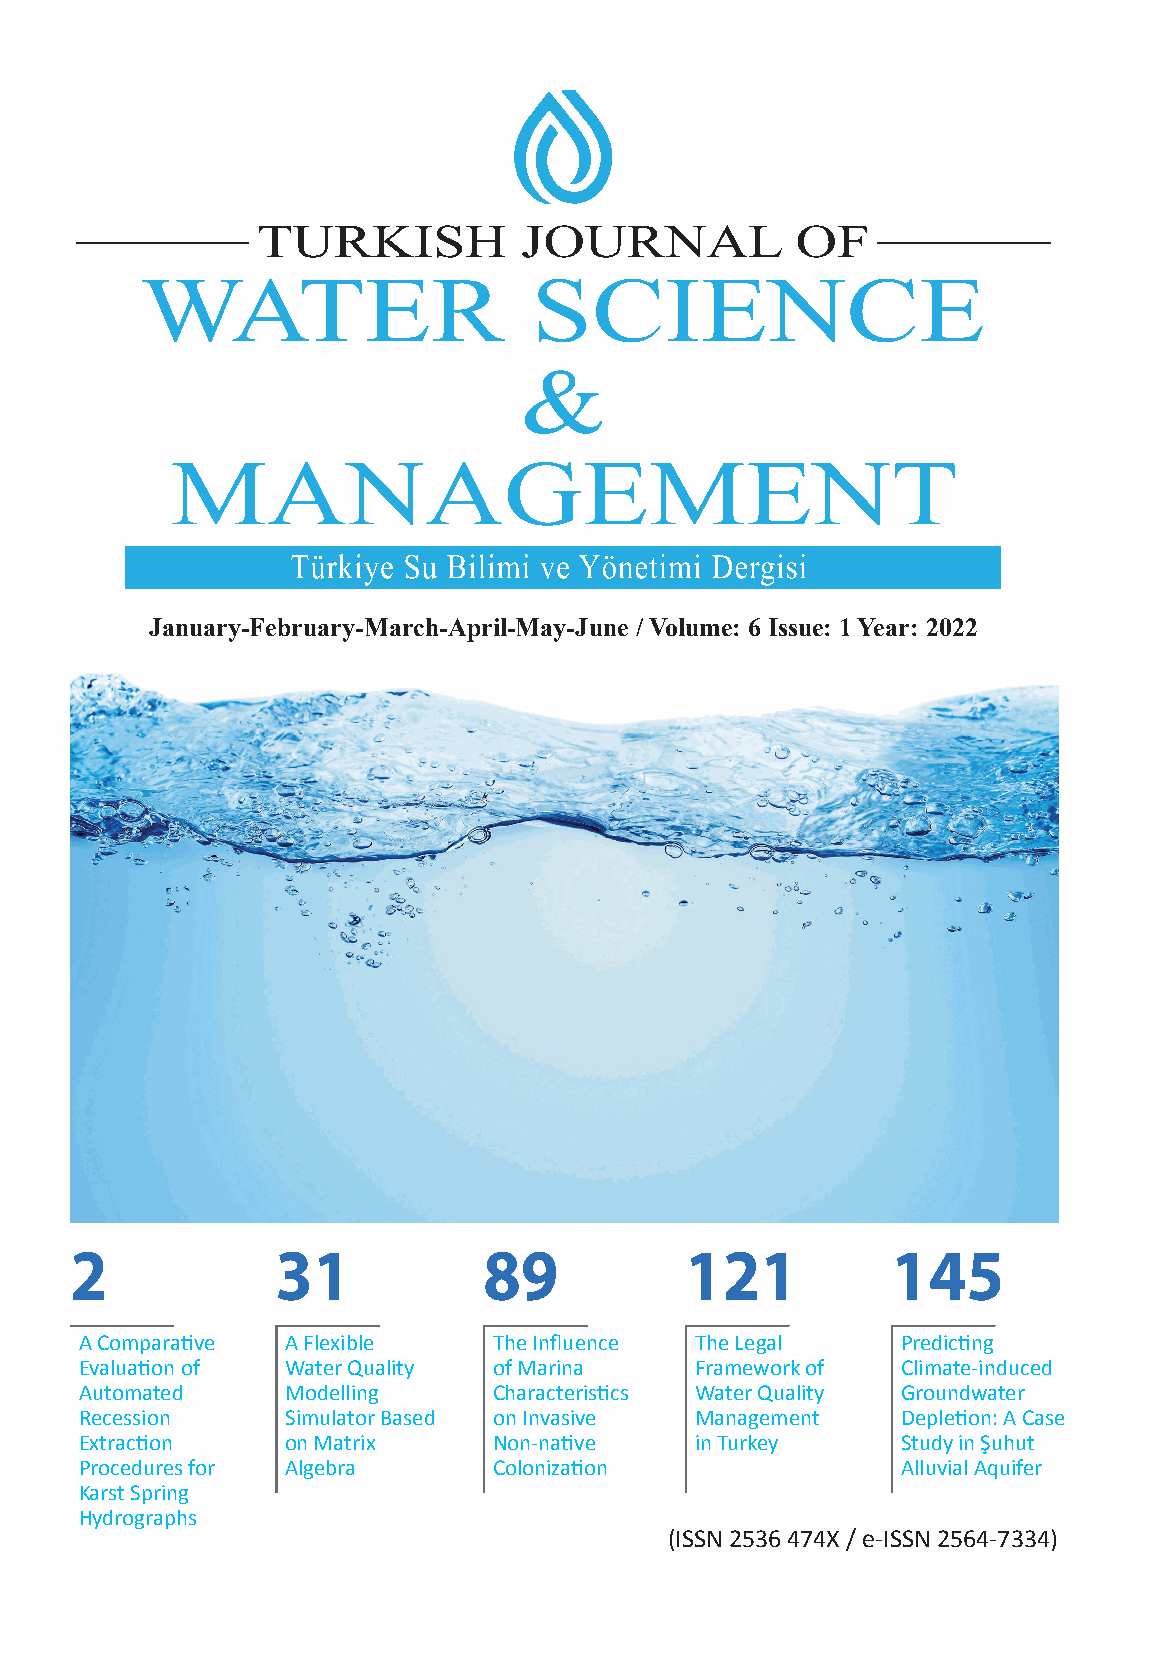
January-February-March-April-May-June / Volume: 6 Issue: 1 Year: 2022
 2            31            89           121           145
 A Comparative A Flexible    The Influence The Legal    Predicting
 Evaluation of Water Quality of Marina    Framework of  Climate-induced
 Automated     Modelling     Characteristics Water Quality Groundwater
 Recession     Simulator Based on Invasive Management   Depletion: A Case
 Extraction    on Matrix     Non-native   in Turkey     Study in Şuhut
 http://waterjournal.tarimorman.gov.tr
 Procedures for Algebra      Colonization               Alluvial Aquifer
 e-mail: waterjournal@tarimorman.gov.tr
 Karst Spring
 Hydrographs
 Beştepe District Alparslan Türkeş Street No: 71 Yenimahalle/ANKARA (ISSN 2536 474X / e-ISSN 2564-7334)
 +90 (312) 207 50 00 - Fax: +90 (312) 207 51 87